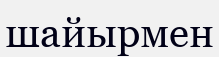
шайырмен